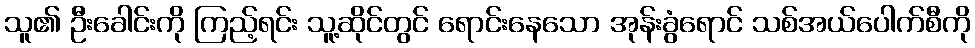
သူ၏ ဦးခေါင်းကို ကြည့်ရင်း သူ့ဆိုင်တွင် ရောင်းနေသော အုန်းခွံရောင် သစ်အယ်ပေါက်စီကို